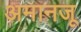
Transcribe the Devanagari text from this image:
अमानजू